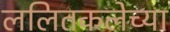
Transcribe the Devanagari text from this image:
ललितकलेच्या